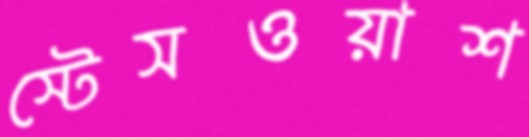
স্টেসওয়াশ